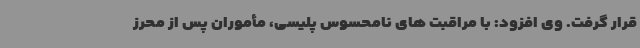
قرار گرفت. وی افزود: با مراقبت های نامحسوس پلیسی، مأموران پس از محرز